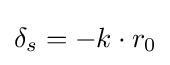
\delta _{s}=-k\cdot r_{0}